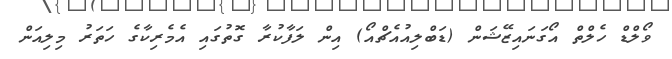
ވޯލްޑް ހެލްތް އޯގަނައިޒޭޝަން (ޑަބްލިއުއެޗްއޯ) އިން ލަފާކުރާ ގޮތުގައި އެމެރިކާގެ ހަތަރު މިލިއަން